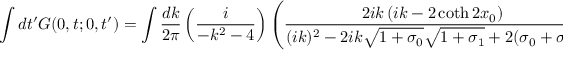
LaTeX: \int d t ^ { \prime } G ( 0 , t ; 0 , t ^ { \prime } ) = \int \frac { d k } { 2 \pi } \left( \frac { i } { - k ^ { 2 } - 4 } \right) \left( \frac { 2 i k \left( i k - 2 \coth 2 x _ { 0 } \right) } { ( i k ) ^ { 2 } - 2 i k \sqrt { 1 + \sigma _ { 0 } } \sqrt { 1 + \sigma _ { 1 } } + 2 ( \sigma _ { 0 } + \sigma _ { 1 } ) } \right) .